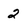
Character: 2